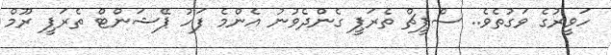
ހަވީރުގެ ވަގުތެވެ.. ސްޕީޗް ތެރަޕީ ގެންދެވުނު އެންމެ ފަހު ޕޭޝަންޓް ތެރަޕީ ރޫމް